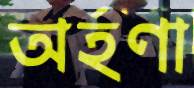
অর্হণা